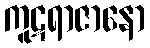
ကူဋရာဇာနော